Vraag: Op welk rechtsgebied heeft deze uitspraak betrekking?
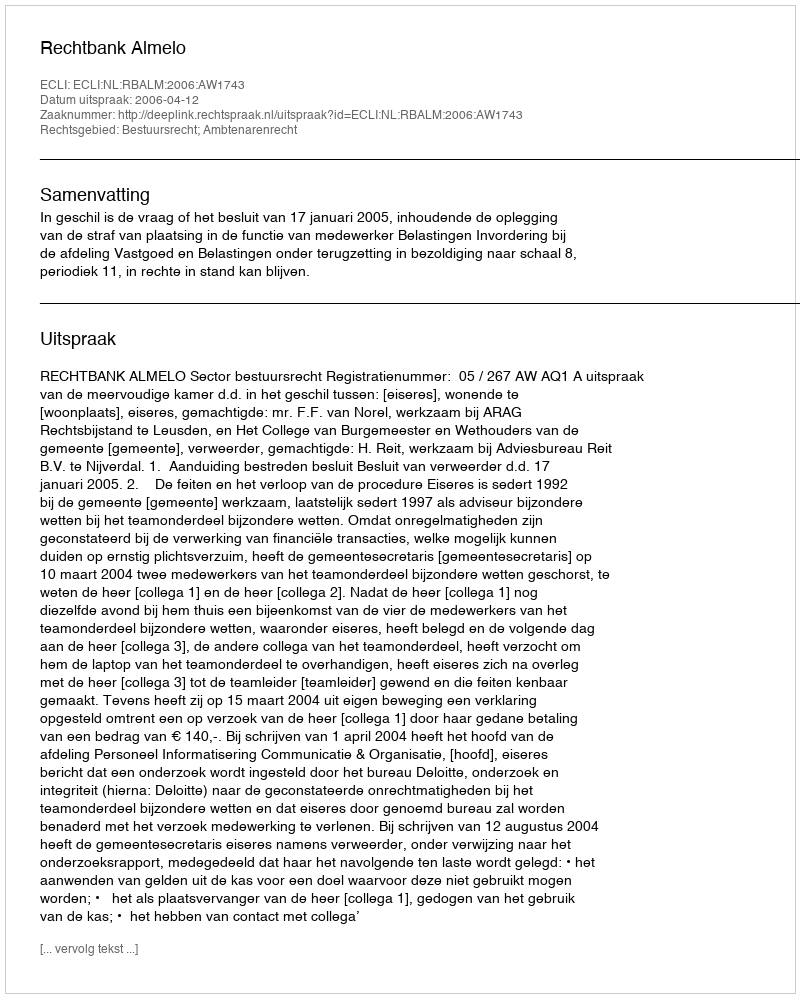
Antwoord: Bestuursrecht; Ambtenarenrecht